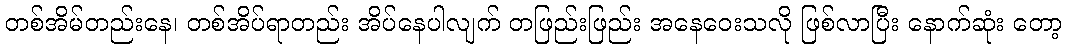
တစ်အိမ်တည်းနေ၊ တစ်အိပ်ရာတည်း အိပ်နေပါလျက် တဖြည်းဖြည်း အနေဝေးသလို ဖြစ်လာပြီး နောက်ဆုံး တော့